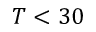
T < 3 0